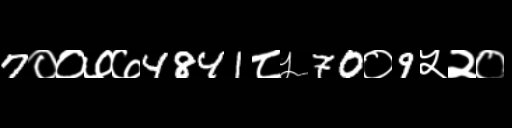
Text: 7००७७4841८५70०9५२०